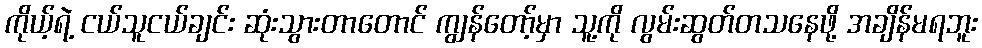
ကိုယ့်ရဲ့ ငယ်သူငယ်ချင်း ဆုံးသွားတာတောင် ကျွန်တော့်မှာ သူ့ကို လွမ်းဆွတ်တသနေဖို့ အချိန်မရဘူး